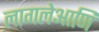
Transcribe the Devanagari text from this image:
लागलेआणि